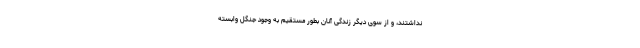
نداشتند، و از سوی دیگر زندگی آنان بطور مستقیم به وجود جنگل وابسته